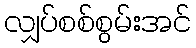
လျှပ်စစ်စွမ်းအင်